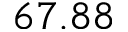
6 7 . 8 8